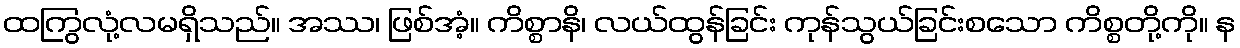
ထကြွလုံ့လမရှိသည်။ အဿ၊ ဖြစ်အံ့။ ကိစ္စာနိ၊ လယ်ထွန်ခြင်း ကုန်သွယ်ခြင်းစသော ကိစ္စတို့ကို။ န